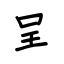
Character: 呈